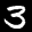
Label: 3